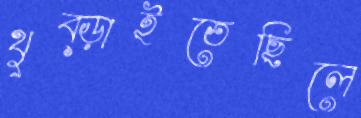
থুব্‌ড়াইতেছিলে